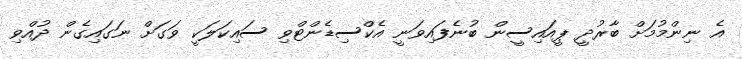
އެ ނިންމުމަށް ބާރުދީ ޕީއައިސީން ބުނެފައިވަނީ އެކްސިޑެންޓްވި ސައިކަލަކީ ވަގަށް ނަގައިގެން ދުއްވި